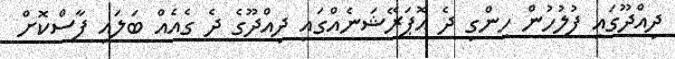
ދިއްދޫގައި ފުލުހުން ހިންގި ދެ އޮޕަރޭޝަނެއްގައި ދިއްދޫގެ ދެ ގެއެއް ބަލައި ފާސްކޮށް